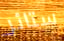
ستائر